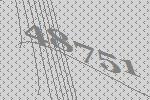
48751